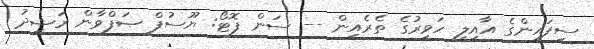
ސިފައިންގެ އާއިލީ ހަވީރުގެ ތެރެއިން -- ސަން ފޮޓޯ: ޔޫސުފް ޞަފްވާން ރަޝީދު